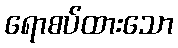
ရောစပ်ထားသော